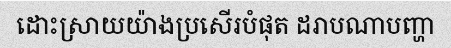
ដោះស្រាយយ៉ាងប្រសើរបំផុត ដរាបណាបញ្ហា